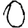
Digit: 0